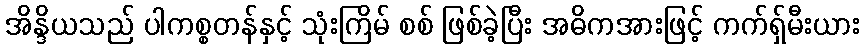
အိန္ဒိယသည် ပါကစ္စတန်နှင့် သုံးကြိမ် စစ် ဖြစ်ခဲ့ပြီး အဓိကအားဖြင့် ကက်ရှ်မီးယား